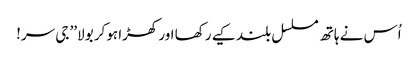
اُس نے ہاتھ مسلسل بلند کیے رکھا اور کھڑا ہوکر بولا’’ جی سر!